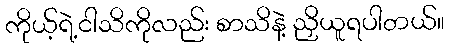
ကိုယ့်ရဲ့ငါသိကိုလည်း စာသိနဲ့ ညှိယူရပါတယ်။